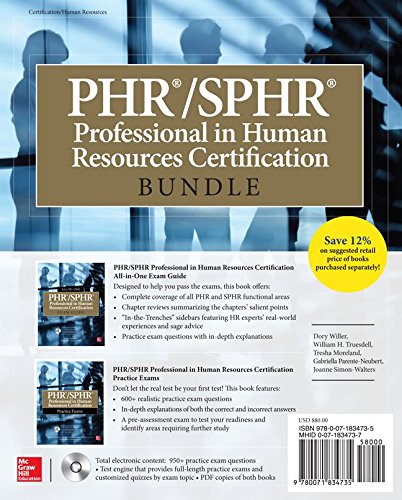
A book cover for PHR/SPHR Professional in Human Resources Certification Bundle (All-in-One); Dory Willer; Test Preparation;